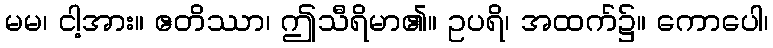
မမ၊ ငါ့အား။ ဧတိဿာ၊ ဤသီရိမာ၏။ ဥပရိ၊ အထက်၌။ ကောပေါ၊